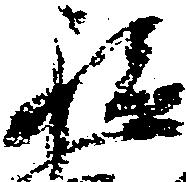
私